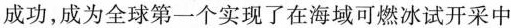
成功，成为全球第一个实现了在海域可燃冰试开采中